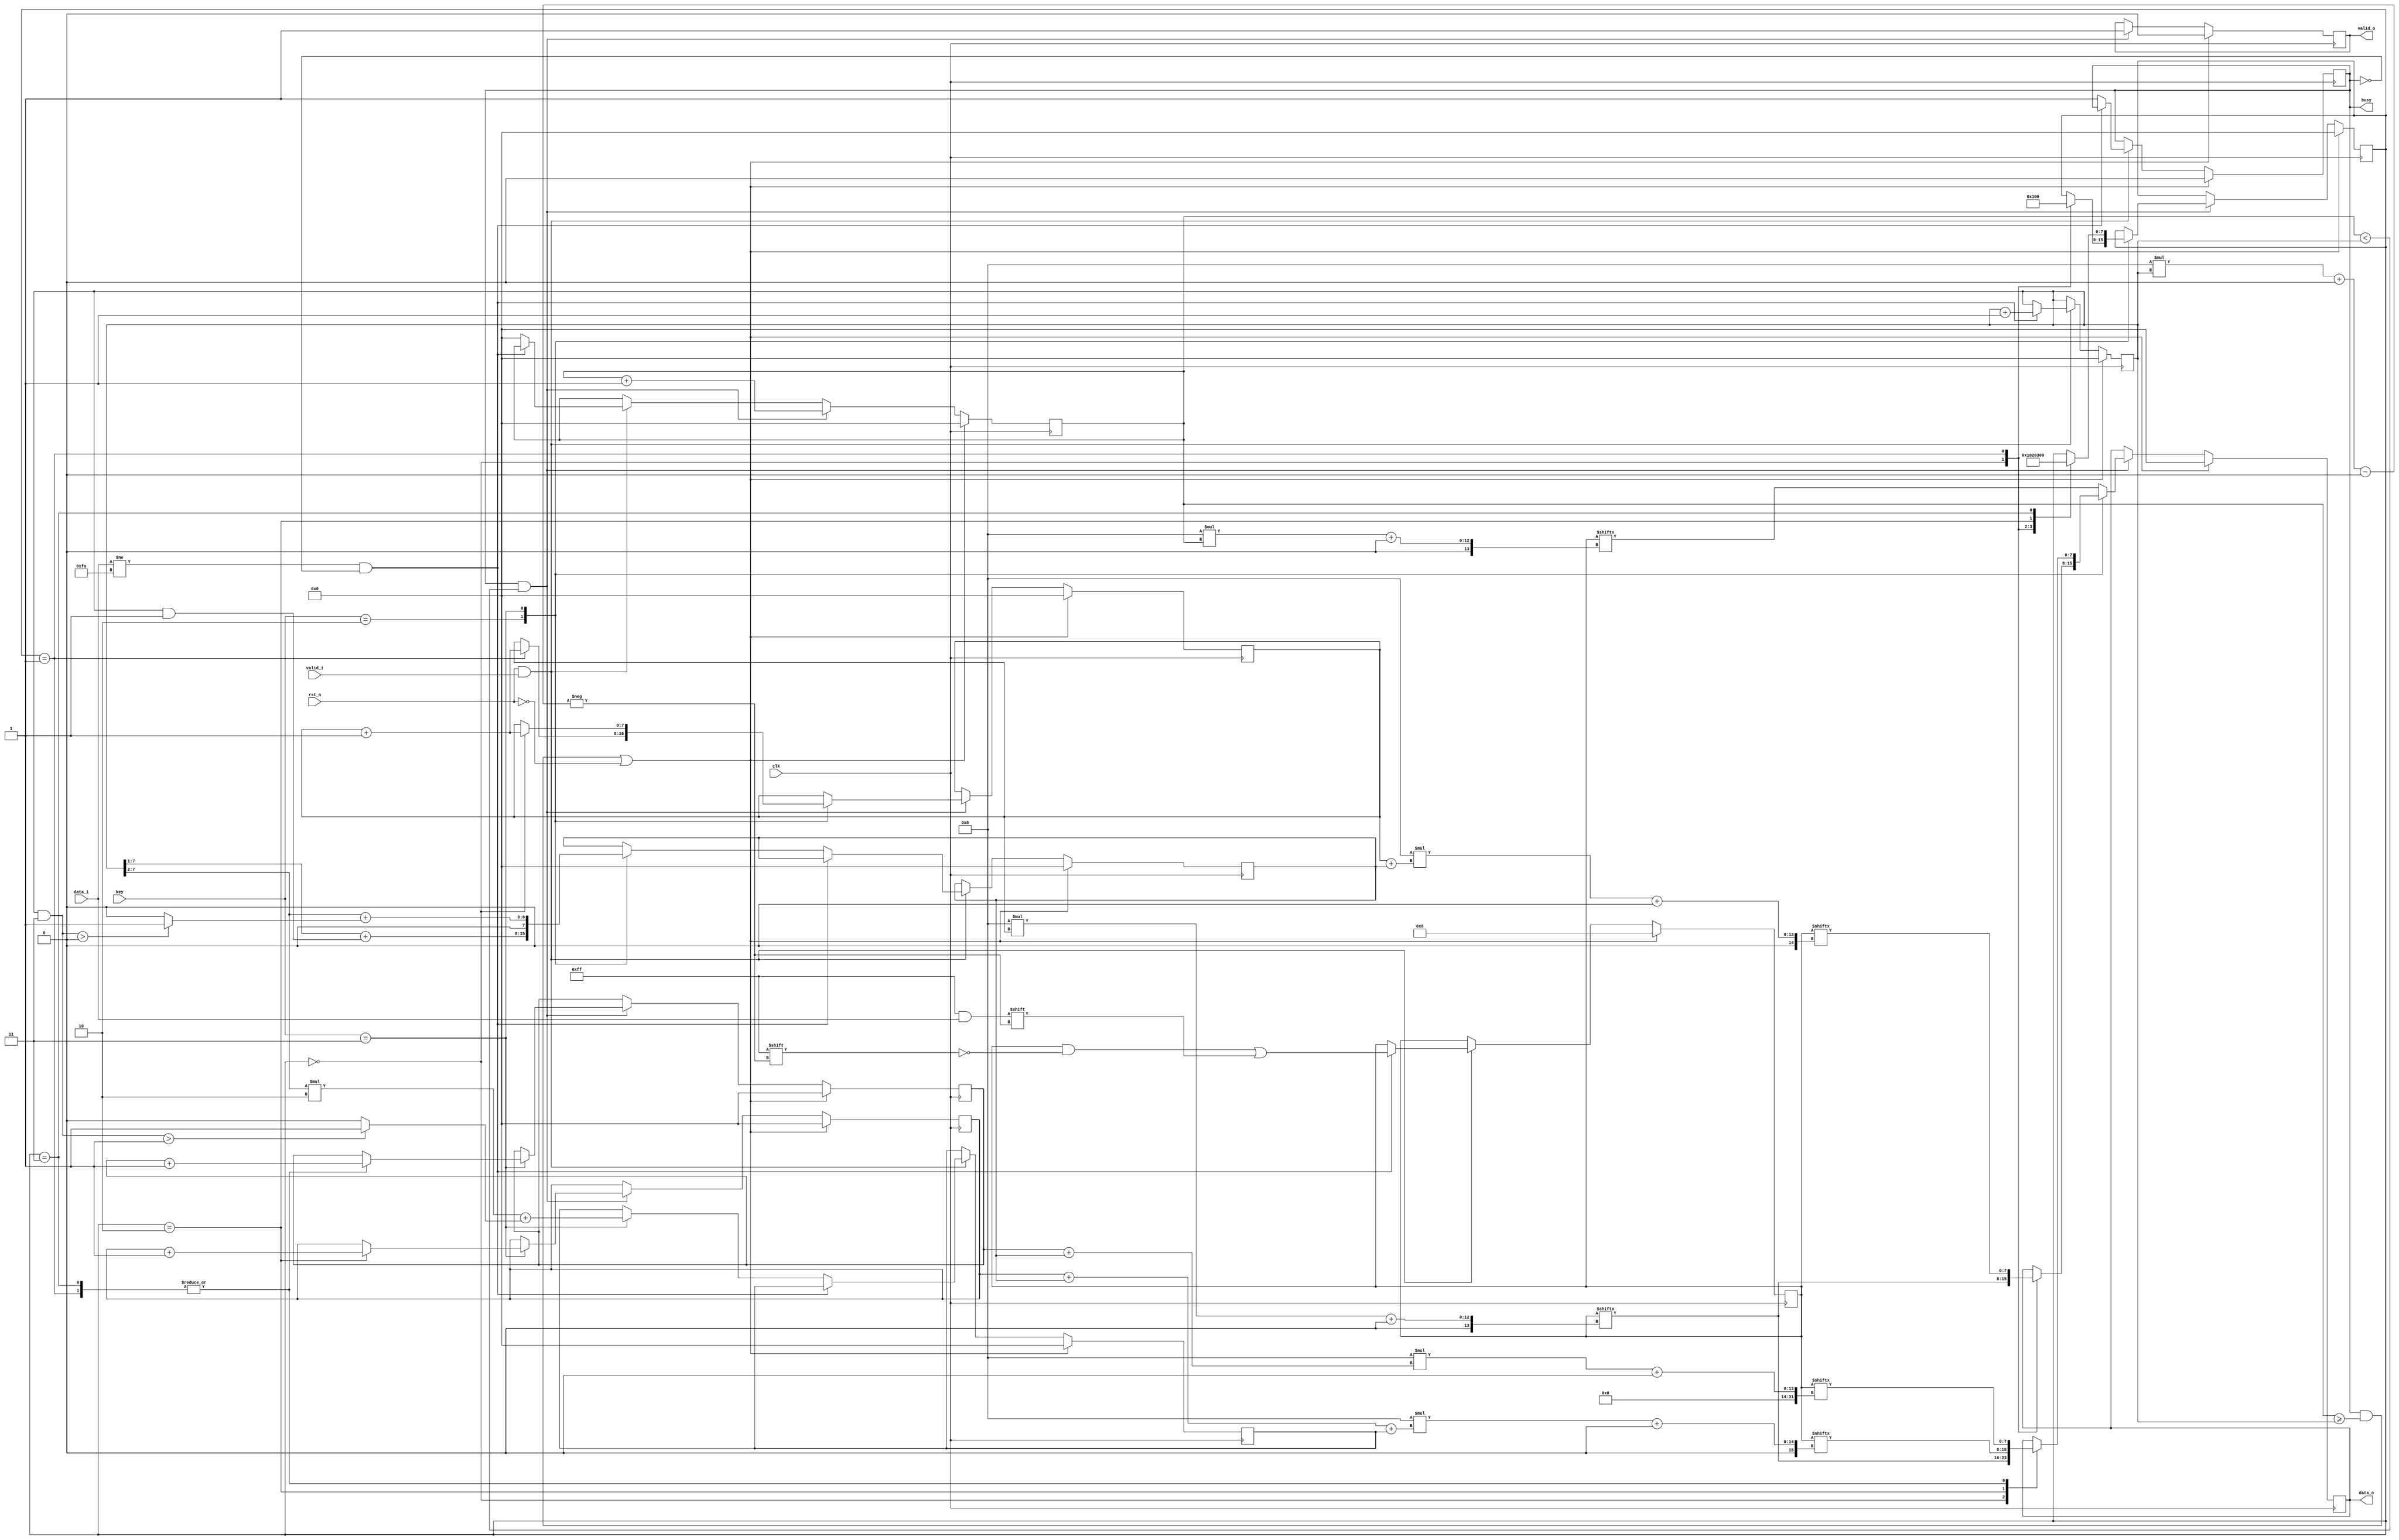
`timescale 1ns / 1ps
//////////////////////////////////////////////////////////////////////////////////
// Company:     A.C.S
// 
// Design Name: 
// Module Name:     zigzag_decryption 
// Project Name:    Tema2_Decryption
// Target Devices:  N/A
// Tool versions:   14.5
// Description:     This block decrypts a zigzag-encrypted message and
//                  sends it out, one character at a time
//
// Dependencies:    N/A
//
// Revision:
// Revision 0.01 - File Created
// Revision 0.02 - Implement busy port
// Revision 0.03 - Doc Comments Added
// Revision 0.04 - After a few sleepless nights (2 to be precise) of futile 
//                 attempts to implement this in a combinational always block
//                 and running into countless & confusing errors,
//                 I decided to ditch that and try a seq implementation
//                 This is the first attempt at an implementation for decryption
//                 where key=3
//                 I would like to formally apologise for what you're about to read.
//                 ...but it works
// Revision 0.05 - Implement decryption algo for key = 2. Code optimizations on the way. 
//                 ...Here be dragons
// Revision 0.06 - Remove duplicate code, $write statements and unused signals
// Revision 0.07 - More code dedup & implement small FSM lookalikes in decryption algo
// Revision 0.08 - Merge nested ifs into a single one with cond1 & cond2 & ...
// Revision 0.09 - Add comments along the way to explain wtf is going on
// Revision 0.10 - Change all tabs to spaces since Xilinx uses a 3-spaces-wide
//                 tab (WTF??) and all the code looks messy as a result of that.
// Revision 0.11 - Clip all lines at max 85 characters for better readability
// Revision 0.12 - After a small heart-attack after uploading to the online checker
//                 and failing all tests... change key_width to 8 bits :)
//////////////////////////////////////////////////////////////////////////////////
module zigzag_decryption #(
                parameter D_WIDTH = 8,
                parameter KEY_WIDTH = 8,
                parameter MAX_NOF_CHARS = 50,
                parameter START_DECRYPTION_TOKEN = 8'hFA
            )(
            // Clock and reset interface
            input clk,      // system clock
            input rst_n,    // negated reset
            
            // Input interface
            input[D_WIDTH - 1:0] data_i,    // The encrypted message
            input valid_i,                  // Input enable
            
            // Decryption Key
            input[KEY_WIDTH - 1 : 0] key,
            
            // Output interface
            output reg busy,                  // Indicates processing is going on
            output reg[D_WIDTH - 1:0] data_o, // The decrypted message
            output reg valid_o                // Output enable
    );



    reg [D_WIDTH * MAX_NOF_CHARS - 1 : 0] message = 0; // the encrypted message
    reg [KEY_WIDTH - 1 : 0] n = 0; // the length of the message
    reg [KEY_WIDTH - 1 : 0] index_o = 0; // the index of the output message.

    // Some random variables used as indexes i had no better names for
    // i, j, k were implemented as the indexes for the 3 substrings
    // needed to solve for key=3
    reg [KEY_WIDTH - 1 : 0] i = 0;
    reg [KEY_WIDTH - 1 : 0] j = 0;
    reg [KEY_WIDTH - 1 : 0] k = 0;
    reg [KEY_WIDTH - 1 : 0] state = 0; // used to mimick a FSM for decryption
    reg [KEY_WIDTH - 1 : 0] aux1 = 0;
    reg [KEY_WIDTH - 1 : 0] aux2 = 0;

    always @(posedge clk) begin
        if (rst_n && valid_i) begin // reading the encrypted message
            // if we have not yet reached the end of the message, store each
            // letter into [message]
            // Note that message will have the string stored backwards
            if (data_i != START_DECRYPTION_TOKEN && !busy) begin
                message[D_WIDTH * n +: D_WIDTH] <= data_i;
                n <= n + 1'b1; // increment the character counter
            end else begin // if we have reached the end of the message
                index_o <= 0;   // set the index of the output message to 0
                                // this is used to track how many iterations
                                // have been made so far, so it's basically
                                // [n] for the output message
                                // It is not used as an actual index, like
                                // [message[index_o]], but rather as an iteration
                                // counter
                busy <= 1;  // let the other devices connected to us know
                            // that we are busy

                // Compute some data needed for the decryption
                // These variables are not necesarily needed.
                // The values they compute can be copy pasted instead in their
                // plce, but i feel like they improve code readability
                case (key)
                    2: begin
                        aux1 <= (n>>1) + (n&1); // elements in the first row
                                                // aux1 = n/2 + n%2 
                                                //      = (n div 2 + n mod 2)
                    end
                    3: begin
                        // aux1 = n/4 +  (n%4 > 0) ( n div 4 + 1 if n mod 4 > 0)
                        // What this means is that we have a number of elements
                        // in the first row equal to the number of full cycles
                        // performed, +1 if there is a partial cycle started
                        // For example:
                        // 1       5       9
                        //   2   4   6   8   10
                        //     3       7        11
                        // We consider a cycle to be:
                        // 1    
                        //   2   4
                        //     3
                        // So, we have 2 full cycles.
                        // A partial cycle is:
                        // 9
                        //   10
                        //      11
                        // In this case 11/4 = 2 
                        //              11%4 = 3
                        // So we have 2 + (3>0) ? 1 : 0 = 2 + 1 = 3 elements
                        // on the first row
                        // The second row has 2 * 11/4 + (11%4>1) = 2 * 2 + 1 = 5
                        // elements.
                        // The way this is calculated, is as follows:
                        // Each full cycle has 2 elements on the second row.
                        // A partial cycle only has a single element on the second
                        // row IF the length of the partial cycle is greater than or
                        // equal to 2 characters
                        // => (n/4) * 2 + (n%4 ? 1) ? 1 : 0
                        // Similarly, the third row will have one element per full
                        // cycle, and one more element if the partial cycle has a
                        // length of 3
                        // However, this value is not needed
                        aux1 <= (n>>2) + ( ((n&3) > 0) ? 1 : 0 );
                        aux2 <= (n>>2) * 2 + ( ((n&3) > 1) ? 1 : 0 );
                    end
                endcase
            end
        end

        if (busy && index_o < n) begin // output-ing the decrypted message
            case (key)
                2: begin
                    valid_o <= 1;   // Set output_enable to high, so that
                                    // other devices connected to us know
                                    // we're not spitting bullshit rn
                    
                    // Keep track of the number of iterations.
                    // It should never exceed [n].
                    index_o <= index_o + 1;

                    // A puny attempt of mimicking a FSM for the decryption
                    // algo.
                    // I tried to make the whole shizzle be a FSM, but i failed
                    case (state)
                        0: begin
                            // The input string is basically split in 2
                            // This state prints the element on position i
                            // (the i-th element? english is hard)
                            // from the first sub-string
                            data_o <= message[D_WIDTH * i +: D_WIDTH];
                            state <= 1; // go print from the second substring
                        end
                        1: begin
                            // The input string is basically split in 2
                            // This state prints the element on position i
                            // from the second sub-string
                            data_o <= message[D_WIDTH * ( i + aux1 ) +: D_WIDTH];
                            i <= i + 1; 
                            state <= 0; // go back and print from the first substring
                        end
                    endcase
                end
                3: begin
                    valid_o <= 1;   // Set output_enable to high, so that
                                    // other devices connected to us know
                                    // we're not spitting bullshit rn

                    // Keep track of the number of iterations.
                    // It should never exceed [n].
                    index_o <= index_o + 1;

                    // A puny attempt of mimicking a FSM for the decryption
                    // algo.
                    // I tried to make the whole shizzle be a FSM, but i failed
                    // This is a tad bit more complex than the previous
                    // implementation. Basically, we split the string into 3 
                    // substrings this time instead of 2, and the order we
                    // have to print in is a bit funky.
                    // We have to go from 1 to 2 to 3, then back to 2 and then
                    // repeat
                    // As such, state=0 print from substring 1, then go to state=1
                    //          state=1 print from substring 2, then go to state=2
                    //          state=2 print from substring 3, then go to state=3
                    //          state=3 print from substring 2, then go to state=0
                    // State=3 could have been bundled up together with state=1
                    // but i find that this way it is easier to follow and more 
                    // readable
                    // To each his own, i guess...
                    case (state)
                        0: begin // Prints the i'th element from substring 1
                            data_o <= message[D_WIDTH * i +: D_WIDTH];
                            i <= i + 1;
                            state <= 1;
                        end

                        1: begin // Prints the j'th element from substring 2
                            data_o <= message[D_WIDTH * ( j + aux1 ) +: D_WIDTH];
                            j <= j + 1;
                            state <= 2;
                        end

                        2: begin // Prints the k'th element from substring 1
                            data_o <= message[D_WIDTH * ( k + aux1 + aux2 ) +: D_WIDTH];
                            k <= k + 1;
                            state <= 3;
                        end

                        3: begin// Prints the j'th element from substring 2 again
                            data_o <= message[D_WIDTH * ( j + aux1 ) +: D_WIDTH];
                            j <= j + 1;
                            state <= 0;
                        end
                    endcase
                end

                // if the key we received is neither 2 nor 3, we just spit back the
                // encrypted message. Any other decryption is above our paygrade.
                default: begin
                    valid_o <= 1;
                    data_o <= message[D_WIDTH * index_o +: D_WIDTH];
                    index_o <= index_o + 1;
                end
            endcase
        end

        // If we were to model a FSM, this is the reset state
        // The events that would send us into such a state are:
        // 1. if the reset signal is high (rst_n is LOW)
        // 2. If we were hard working boys (or girls) and we just
        //    finished decrypting a message and outputting it
        // In both of those cases, we would like to reset all values
        // as to not interfere with future decryptions.
        //LTP TPE H ATB H ATTESEES//(3)
        if ( (busy && index_o >= n) || rst_n == 0) begin
            valid_o <= 0;
            data_o <= 0;
            busy <= 0;
            message <= 0;
            n <= 0;
            index_o <= 0;
            i <= 0; j <= 0; k <= 0;
            state <= 0;
            aux1 <= 0;
            aux2 <= 0;
        end
    end
endmodule